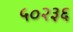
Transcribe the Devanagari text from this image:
५०२३६